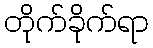
တိုက်ခိုက်ရာ